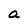
Character: a